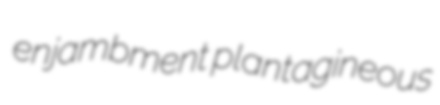
enjambment plantagineous